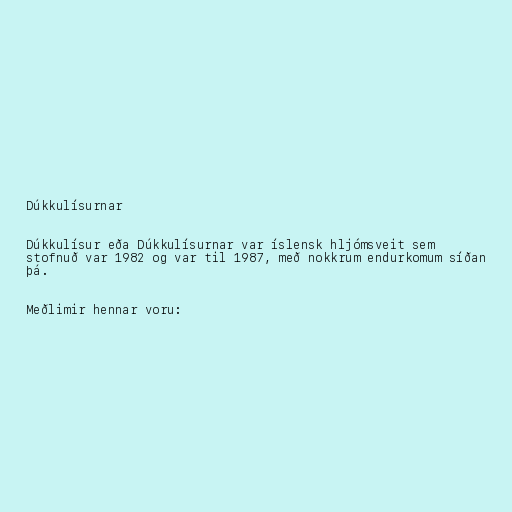
Dúkkulísurnar

Dúkkulísur eða Dúkkulísurnar var íslensk hljómsveit sem
stofnuð var 1982 og var til 1987, með nokkrum endurkomum síðan
þá.

Meðlimir hennar voru: